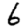
Digit: 6